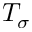
T _ { \sigma }